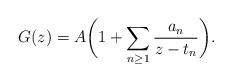
LaTeX: \begin{align*}G(z) = A\bigg(1+ \sum_{n\ge 1} \frac{a_n}{z-t_n}\bigg). \end{align*}